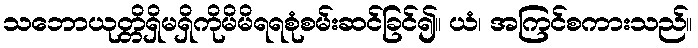
သဘောယုတ္တိရှိမရှိကိုမိမိရရစုံစမ်းဆင်ခြင်၍။ ယံ၊ အကြင်စကားသည်။